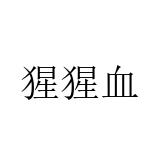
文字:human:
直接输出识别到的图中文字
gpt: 猩猩血